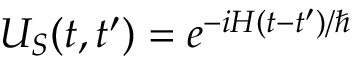
U _ { S } ( t , t ^ { \prime } ) = e ^ { - i H ( t - t ^ { \prime } ) / \hbar }